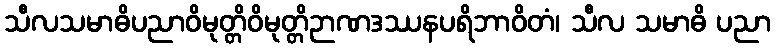
သီလသမာဓိပညာဝိမုတ္တိဝိမုတ္တိဉာဏဒဿနပရိဘာဝိတံ၊ သီလ သမာဓိ ပညာ